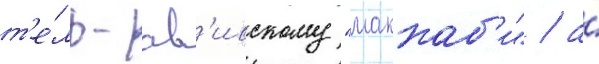
т'е́ль-ав'ивскому "маккаб'и" / а́